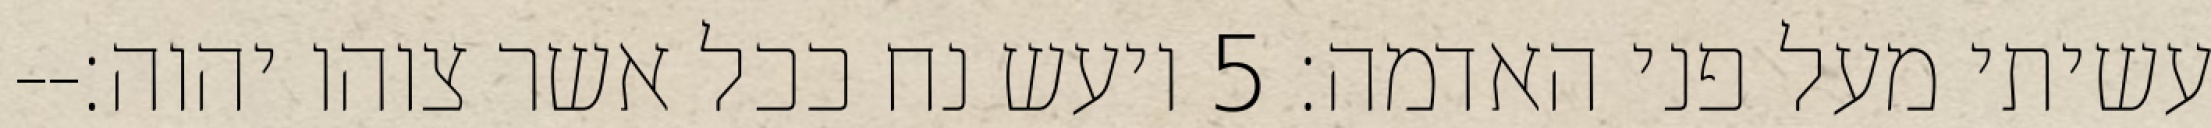
עשיתי מעל פני האדמה׃ ‎5‏ ויעש נח ככל אשר צוהו יהוה׃--